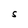
Character: S